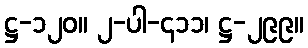
ဋ္ဌ-၁၂၀။ ၂-ပါ-၄၁၁၊ ဋ္ဌ-၂၉၉။